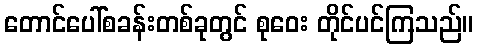
တောင်ပေါ်စခန်းတစ်ခုတွင် စုဝေး တိုင်ပင်ကြသည်။